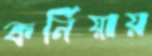
কর্নিয়ায়